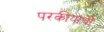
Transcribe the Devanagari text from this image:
परकीयांची